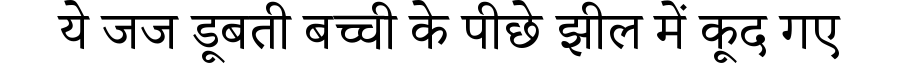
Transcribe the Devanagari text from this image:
ये जज डूबती बच्ची के पीछे झील में कूद गए